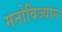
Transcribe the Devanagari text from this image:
मनोविज्यान